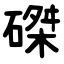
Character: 磔